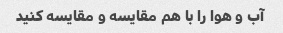
آب و هوا را با هم مقایسه و مقایسه کنید